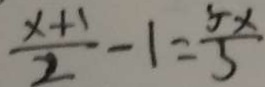
\frac { x + 1 } { 2 } - 1 = \frac { 5 x } { 3 }